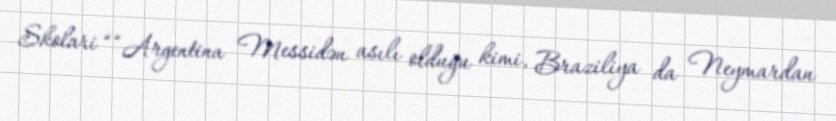
Skolari ““Argentina Messidən asılı olduğu kimi, Braziliya da Neymardan